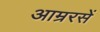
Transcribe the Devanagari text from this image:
आम्ररसें